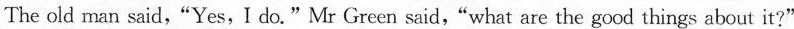
The old man said,"Yes, I do.“Mr Green said,"what are the good things about it?"